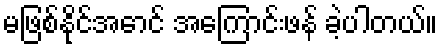
မဖြစ်နိုင်အောင် အကြောင်းဖန် ခဲ့ပါတယ်။